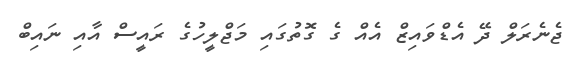
ޖެނެރަލް ދޭ އެޑްވައިޒް އެއް ގެ ގޮތުގައި މަޖްލީހުގެ ރައީސް އާއި ނައިބް